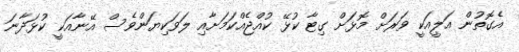
އެގޮތުން އަލީއަކީ ވަރަށް މޮޅަށް ގިޓާ ކުޅޭ ކުއްޖެއްކަމަށާއި ލަވަކިޔަންވެސް އޭނާއަކީ ކުޅަދާނަ